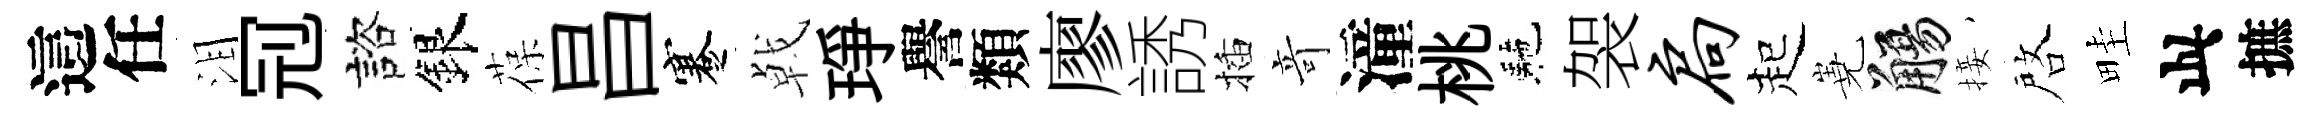
這任泪𠜍諮銀葆昌蹇㦸琤譽類廖誘插竒潼桃駰袈扃起嶤觴接啓畦此摭